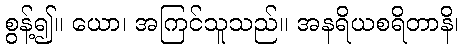
စွန့်၍။ ယော၊ အကြင်သူသည်။ အနရိယစရိတာနိ၊